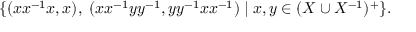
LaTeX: \{ ( x x ^ { - 1 } x , x ) , \; ( x x ^ { - 1 } y y ^ { - 1 } , y y ^ { - 1 } x x ^ { - 1 } ) \; | \; x , y \in ( X \cup X ^ { - 1 } ) ^ { + } \} .